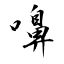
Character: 嚊